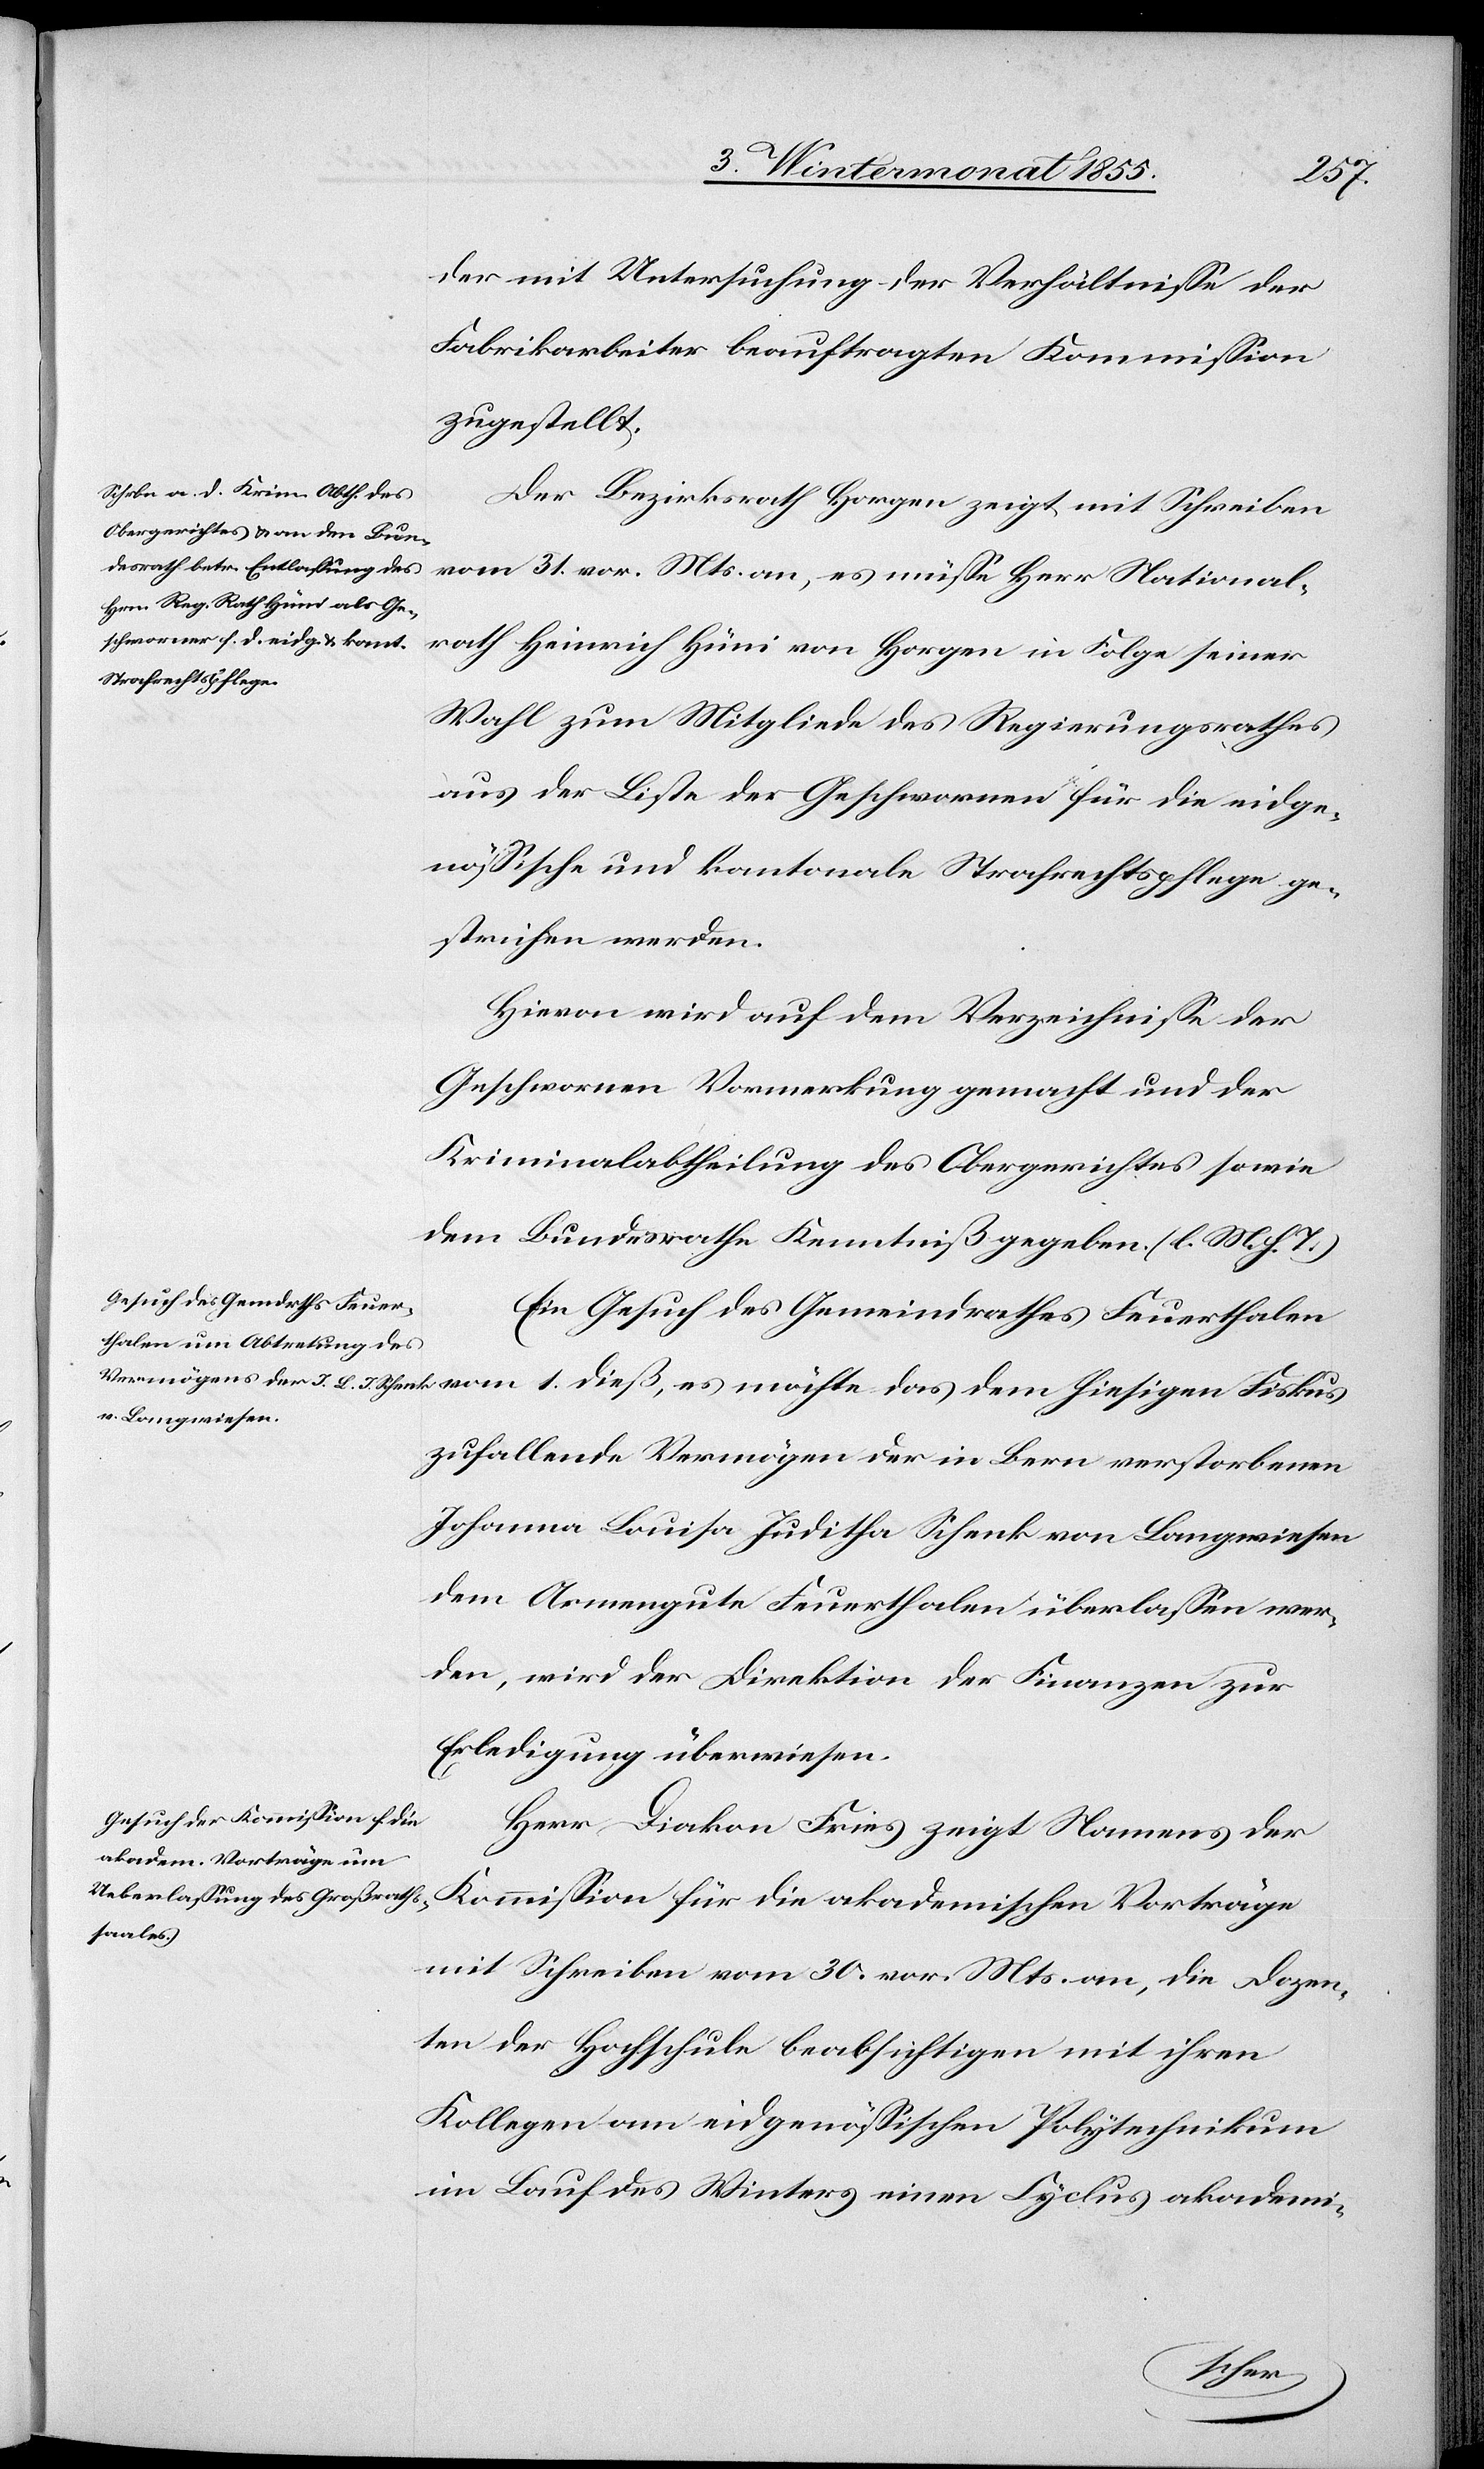
der mit Untersuchung der Verhältnisse der
Fabrikarbeiter beauftragten Kommission
zugestellt.
Der Bezirksrath Horgen zeigt mit Schreiben
rath Heinrich Hüni von Horgen in Folge seiner
Wahl zum Mitgliede des Regierungsrathes
aus der Liste der Geschwornen für die eidge¬
nössische und kantonale Strafrechtspflege ge¬
strichen werden.
Hievon wird auf dem Verzeichnisse der
Geschwornen Vormerkung gemacht und der
Kriminalabtheilung des Obergerichtes sowie
dem Bundesrathe Kenntniß gegeben. (l. M. h. T.)
Ein Gesuch des Gemeindrathes Feuerthalen
zufallende Vermögen der in Bern verstorbenen
Johanna Louisa Juditha Schenk von Langwiesen
dem Armengute Feuerthalen überlassen wer¬
den, wird der Direktion der Finanzen zur
Erledigung überwiesen.
Herr Diakon Fries zeigt Namens der
Kommission für die akademischen Vorträge
mit Schreiben vom 30. vor. Mts. an, die Dozen¬
ten der Hochschule beabsichtigen mit ihren
Kollegen am eidgenössischen Polytechnikum
im Lauf des Winters einen Cyclus akademi-
National¬